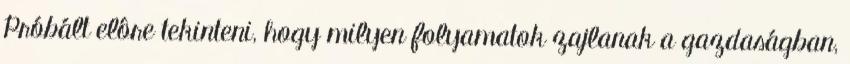
Próbált elôre tekinteni, hogy milyen folyamatok zajlanak a gazdaságban,